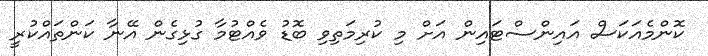
ކޮންމެއަކަސް އައިންސްޓައިން އަށް މި ކުރިމަތިވި ބޮޑު ވެއްޓުމާ ގުޅިގެން އޭނާ ކަންތައްކުރީ